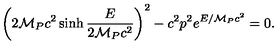
\left( 2 { \cal M } _ { P } c ^ { 2 } \sinh \frac { E } { 2 { \cal M } _ { P } c ^ { 2 } } \right) ^ { 2 } - c ^ { 2 } p ^ { 2 } e ^ { E / { \cal M } _ { P } c ^ { 2 } } = 0 .